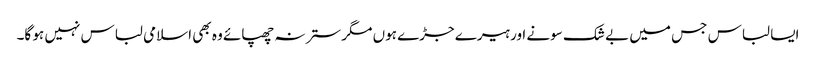
ایسا لباس جس میں بے شک سونے اور ہیرے جڑے ہوں مگر ستر نہ چھپائے وہ بھی اسلامی لباس نہیں ہو گا۔